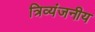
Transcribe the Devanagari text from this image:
त्रिव्यंजनीय